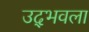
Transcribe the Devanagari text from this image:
उद्‍भवला